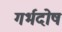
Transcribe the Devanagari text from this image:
गर्भदोष